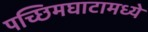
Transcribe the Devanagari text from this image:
पच्छिमघाटामध्ये